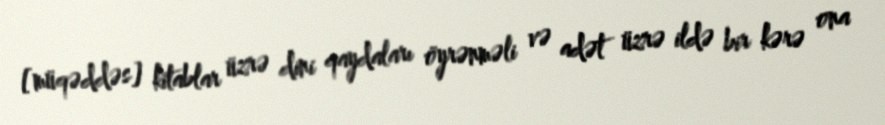
[müqəddəs] kitablar üzrə dini qaydaları öyrənməli və adət üzrə ildə bir kərə ona